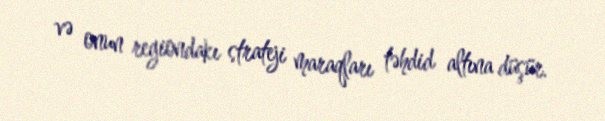
və onun regiondakı strateji maraqları təhdid altına düşür.